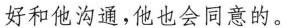
好和他沟通，他也会同意的。